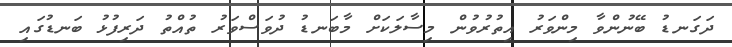
ދަގަނޑު ބޭނުންވާ މިންވަރު އިތުރުވުން މިސާލަކަށް މާބަނޑު ދުވަސްވަރު ތުއްތު ދަރިފުޅު ބަނޑުގައި